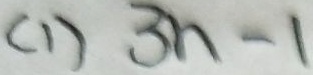
( 1 ) 3 n - 1